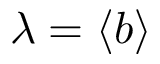
\lambda = \langle b \rangle